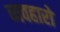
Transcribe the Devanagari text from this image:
व्यवहारो